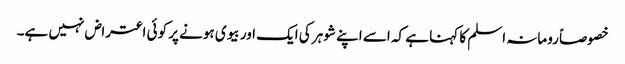
خصوصاً رومانہ اسلم کا کہنا ہے کہ اسے اپنے شوہر کی ایک اور بیوی ہونے پر کوئی اعتراض نہیں ہے۔